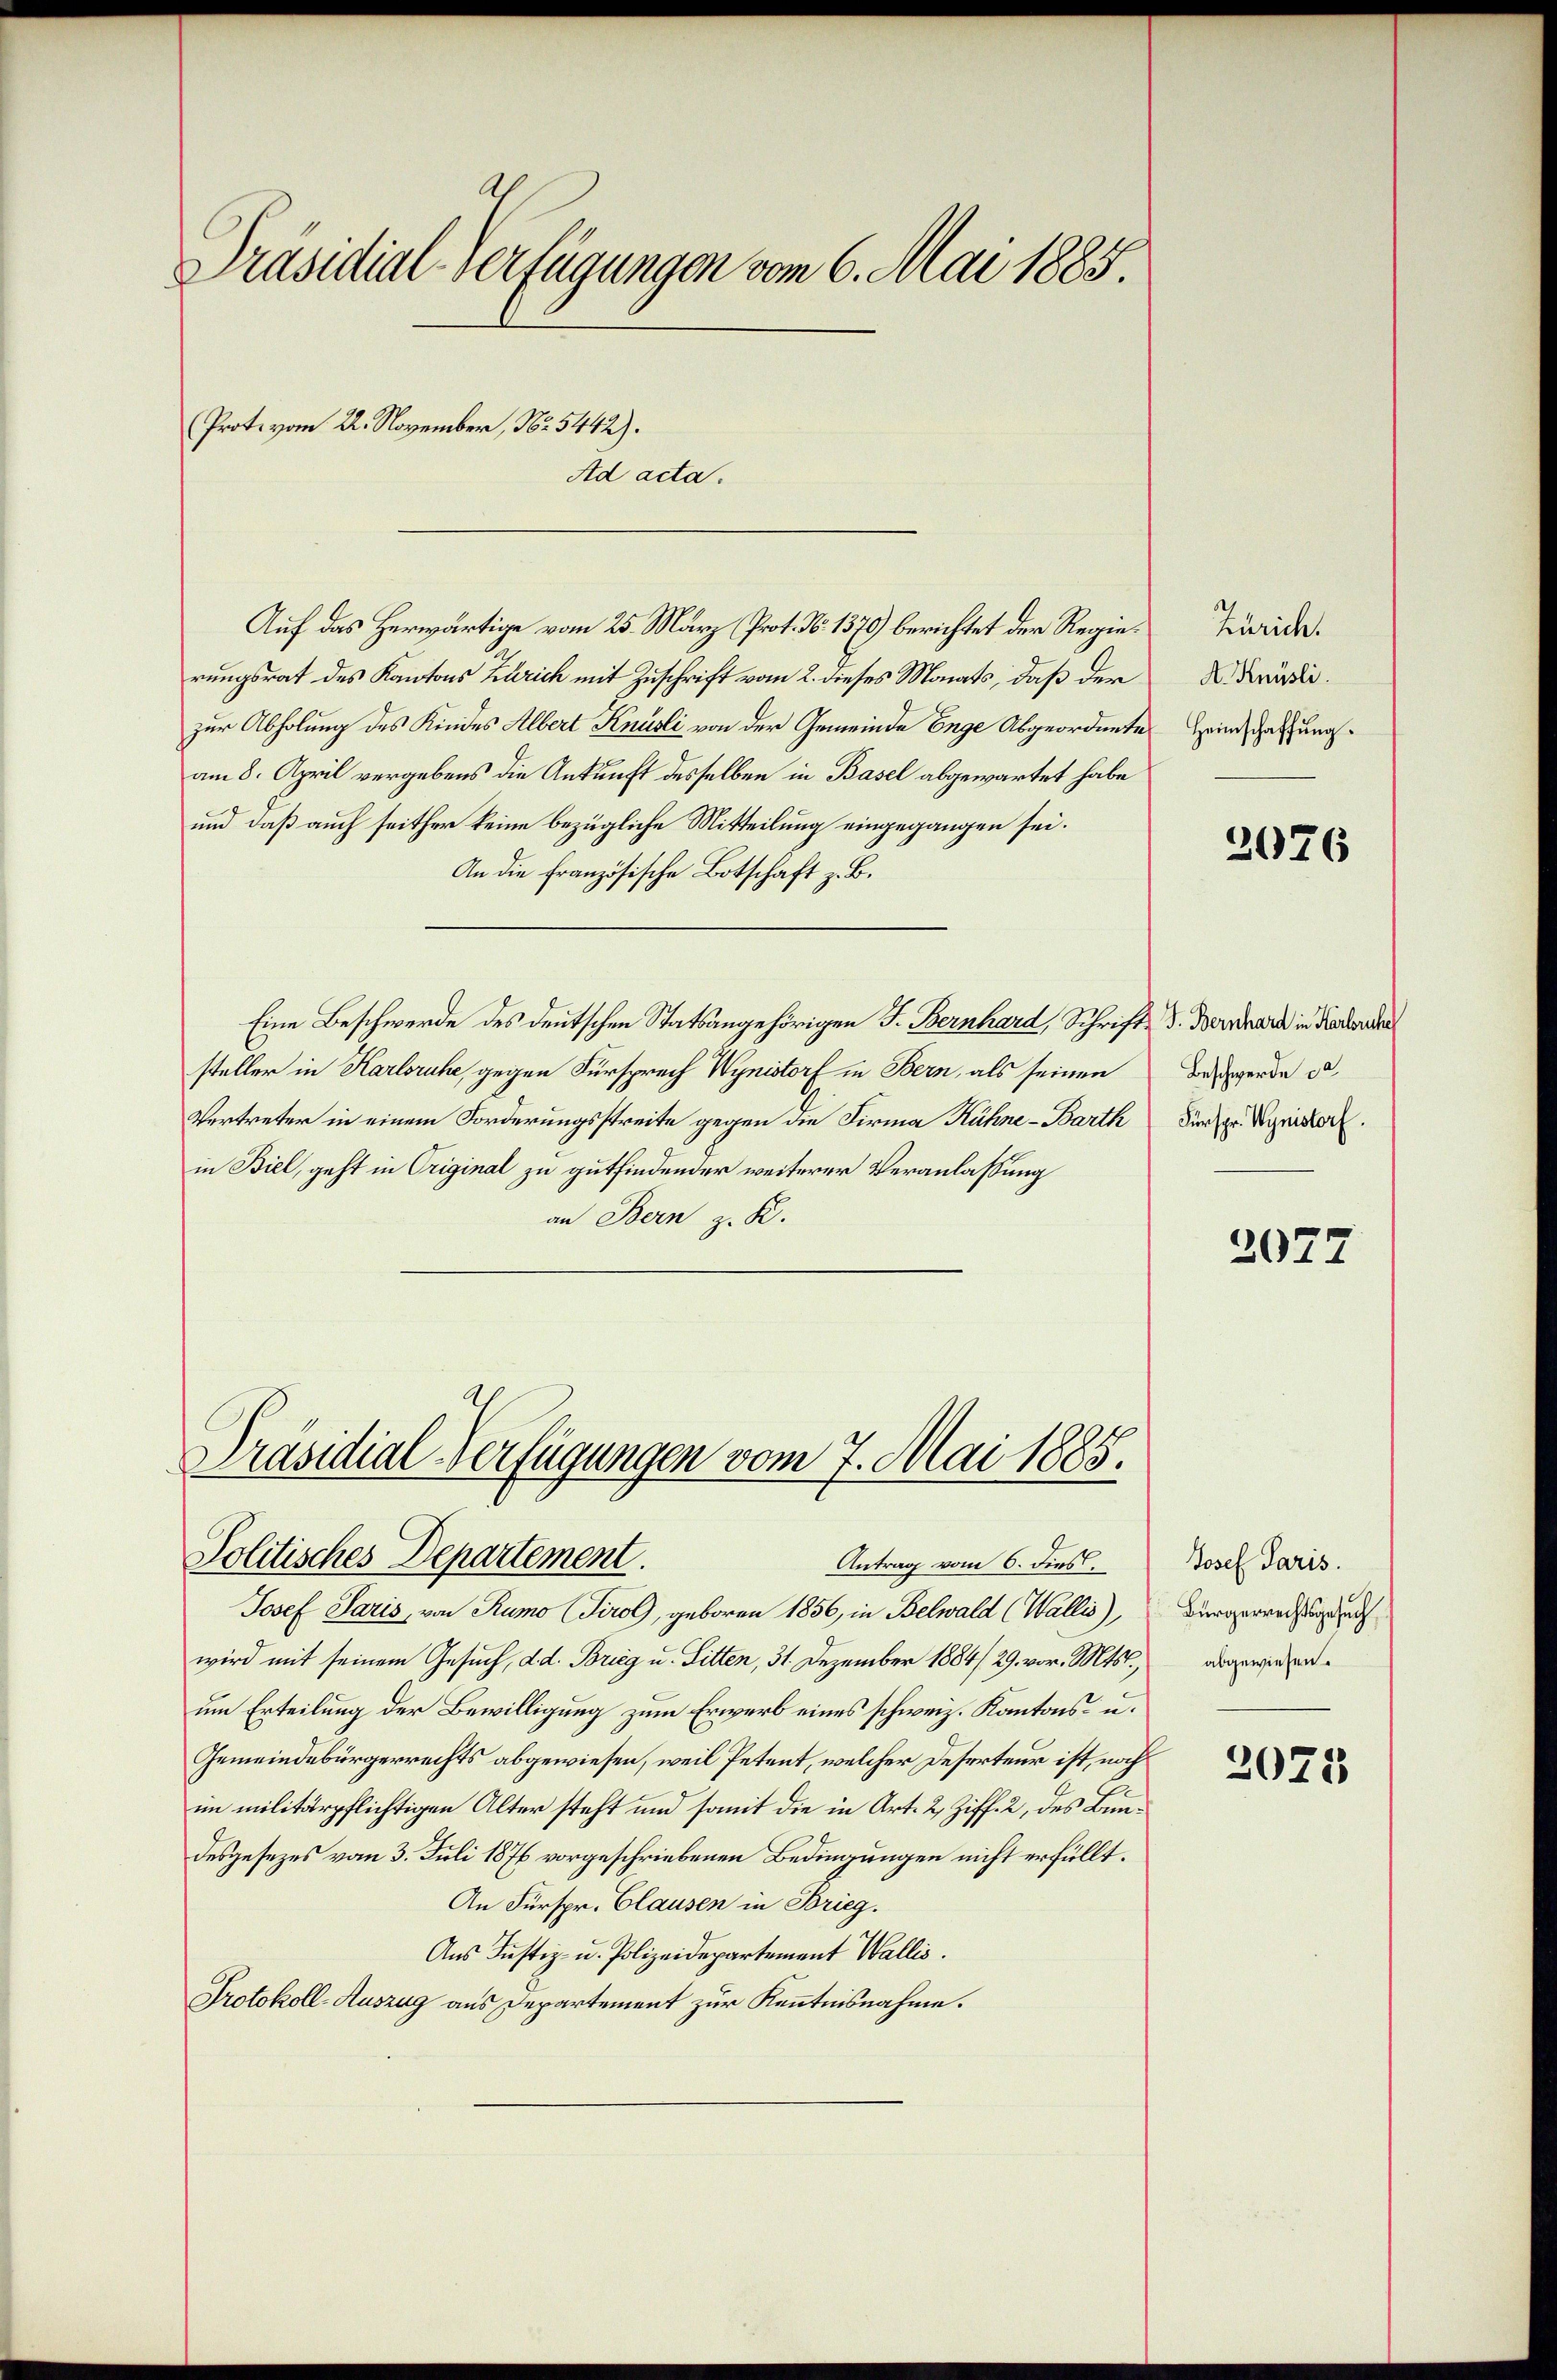
Präsidial-Verfügungen vom 6. Mai 1885.
Protovom 22. November, No. 5442).
Ad acta.

Auf das Herwärtige vom 25. März (Prot. No. 1370) berichtet der Regierungsrat des Kantons Zürich mit Zuschrift vom 2. dieses Monats, daß der
zur Abholung des Kindes Albert Knüsli von der Gemeinde Enge Abgeordnete
am 8. April vergebens die Ankunft desselben in Basel abgewartet habe
und daß auch seither keine bezügliche Mitteilung eingegangen sei.
An die französische Botschaft z. B.
Eine Beschwerde des deutschen Statsangehörigen F. Bernhard, Schrifts V. Bernhard in Kathari
steller in Karlsruhe, gegen Fürsprech Wynistorf in Bern, als seinen
Vertreter in einem Forderungsstreite gegen die Firma Kühne - Barth Fürspr. Minister.
in Biel, geht in Original zu gutfindender weiterer Veranlassung
an Bern z. K.

Präsidial-Verfügungen vom 7. Mai 1885.
Politisches Departement.
Antrag vom 6. dies

Josef Paris, von Rumo (Tirol, geboren 1856, in Belwald (Wallis),
wird mit seinem Gesuch, ad. Brieg u. Sitten, 31. Dezember 1884/29. vor. Mts.,
um Erteilung der Bewilligung zum Erwerb eines schweiz. Kantons- u.
Gemeindebürgerrechts abgewiesen, weil Petent, welcher Deserteur ist, nachim militärpflichtigen Alter steht und somit die in Art. 2 Ziff. 2, des Bundesgesezes vom 3. Juli 1876 vorgeschriebenen Bedingungen nicht erfüllt.
An Fürspr. Clausen in Brieg.
Aus Justiz- u. Polizeidepartement Wallis.
Protokoll-Auszug aus Departement zur Kenntnisnahme.

Zürich.
A. Knüsli.
Heimschaffung.

2076

Beschwerde da

2077

Josef Paris.
Bürgerrechtsgesuch
abgewiesen.

2075